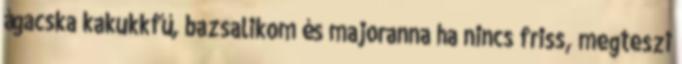
ágacska kakukkfű, bazsalikom és majoranna ha nincs friss, megteszi